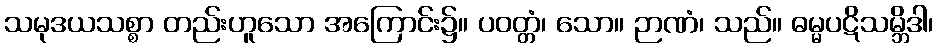
သမုဒယသစ္စာ တည်းဟူသော အကြောင်း၌။ ပဝတ္တံ၊ သော။ ဉာဏံ၊ သည်။ ဓမ္မပဋိသမ္ဘိဒါ၊